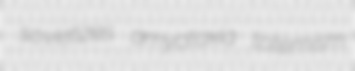
sovietizes amyotaxia totemism